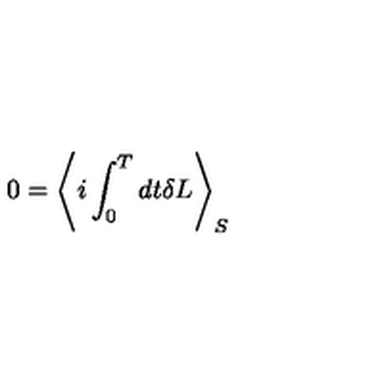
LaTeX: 0 = \left< i \int _ { 0 } ^ { T } d t \delta L \right> _ { S }